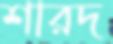
শারদ